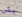
يكن